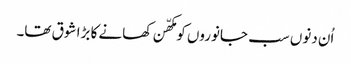
اُن دنوں سب جانوروں کو مکھّن کھانے کا بڑا شوق تھا۔